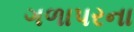
ગળાપરના